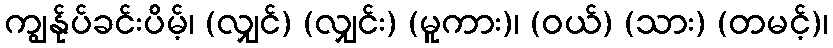
ကျွန်ုပ်ခင်းပိမ့်၊ (လျှင်) (လျှင်း) (မူကား)၊ (ဝယ်) (သား) (တမင့်)၊